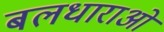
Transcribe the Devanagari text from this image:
बलधाराओं